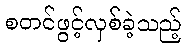
စတင်ဖွင့်လှစ်ခဲ့သည့်